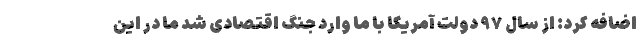
اضافه کرد: از سال ۹۷ دولت آمریکا با ما وارد جنگ اقتصادی شد ما در این